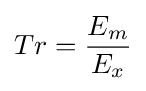
Tr={\frac {E_{m}}{E_{x}}}